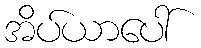
အိပ်ယာပေါ်